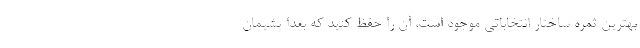
بهترین ثمره ساختار انتخاباتی موجود است، آن را حفظ کنید که بعدا پشیمان